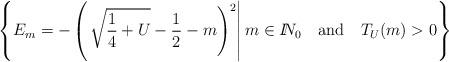
LaTeX: \begin{align*}\left\{E_m=-\left(\left.\sqrt{\frac14+U}-\frac12-m\right)^2\right|m\in I\!\!N_0 \quad\mbox{and}\quad T_U(m)>0\right\}\end{align*}